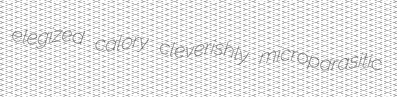
elegized calory cleverishly microparasitic